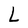
Character: L